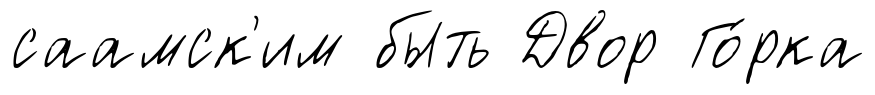
саамск'им быть Двор Го́рка